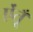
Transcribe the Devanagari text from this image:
ऐंतूँ